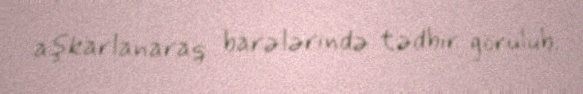
aşkarlanaraq barələrində tədbir görülüb.